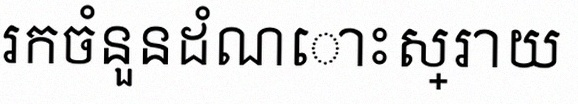
រកចំនួនដំណោះស្រាយ